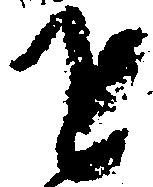
を